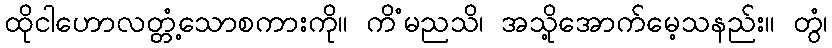
ထိုငါဟောလတ္တံ့သောစကားကို။ ကိံမညသိ၊ အသို့အောက်မေ့သနည်း။ တွံ၊